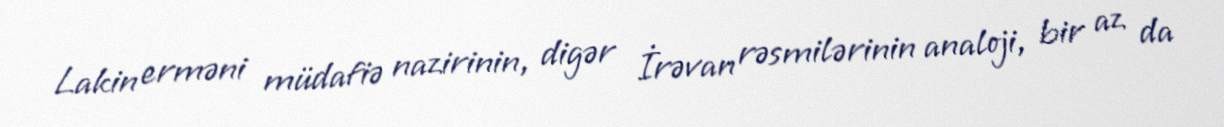
Lakin erməni müdafiə nazirinin, digər İrəvan rəsmilərinin analoji, bir az da